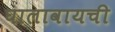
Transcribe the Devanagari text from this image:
घालावायची